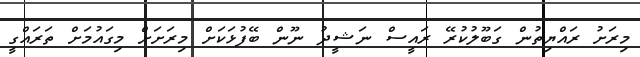
މިރަށު ރައްޔިތުން ގަބޫލުކުރޭ ރައީސް ނަޝީދު ނޫން ބޭފުޅަކަށް މިރަށަށް މިގައުމަށް ތަރައްގީ